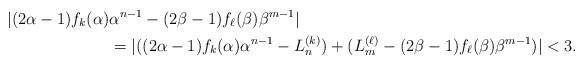
LaTeX: \begin{align*}|(2\alpha-1)f_k(\alpha)&\alpha^{n-1}-(2\beta-1)f_{\ell}(\beta)\beta^{m-1}|\\& =|((2\alpha-1)f_k(\alpha)\alpha^{n-1}-L_n^{(k)})+(L_m^{(\ell)}-(2\beta-1)f_{\ell}(\beta)\beta^{m-1})|< 3.\end{align*}